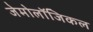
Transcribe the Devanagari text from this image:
जेमोलॉजिकल